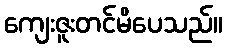
ကျေးဇူးတင်မိပေသည်။